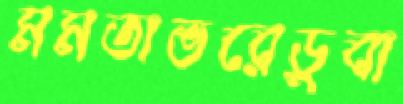
মমতাভরেডুবা